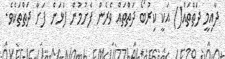
ދާއިމީ ދަތްތައް() އަކީ ކިރުބޯ ދަތްތައް ވެރެން ފެށުމުން ފަޅަން ފަށާ ދަތްތަކެވެ.